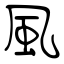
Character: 風